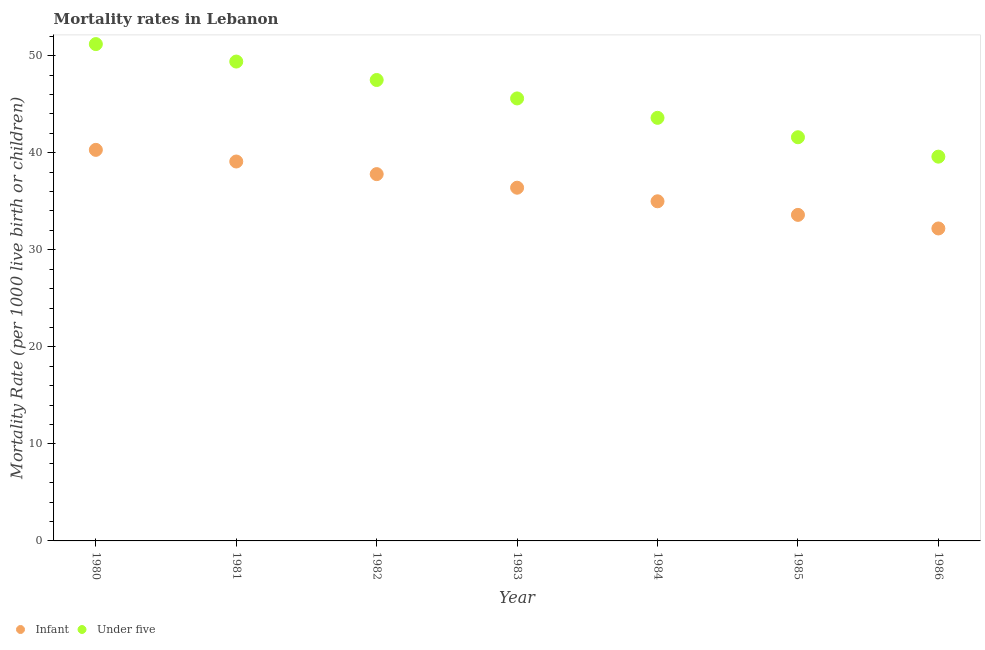
| Year | Infant | Under five |
 | --- | --- | --- |
 | 1980 | 40.3 | 51.2 |
 | 1981 | 39.1 | 49.4 |
 | 1982 | 37.8 | 47.5 |
 | 1983 | 36.4 | 45.6 |
 | 1984 | 35 | 43.6 |
 | 1985 | 33.6 | 41.6 |
 | 1986 | 32.2 | 39.6 |